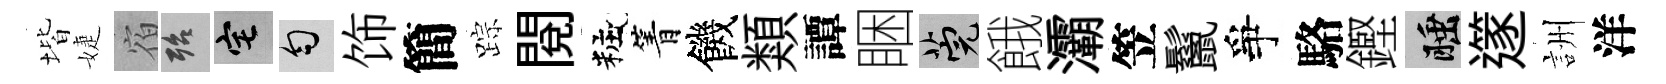
堦婕宿殆宅匀饰簡踪閲粧箐饑類譚睏筦餓灞笠鬣爭駱鏗睡𨗹詶洋